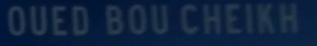
OUED BOU CHEIKH